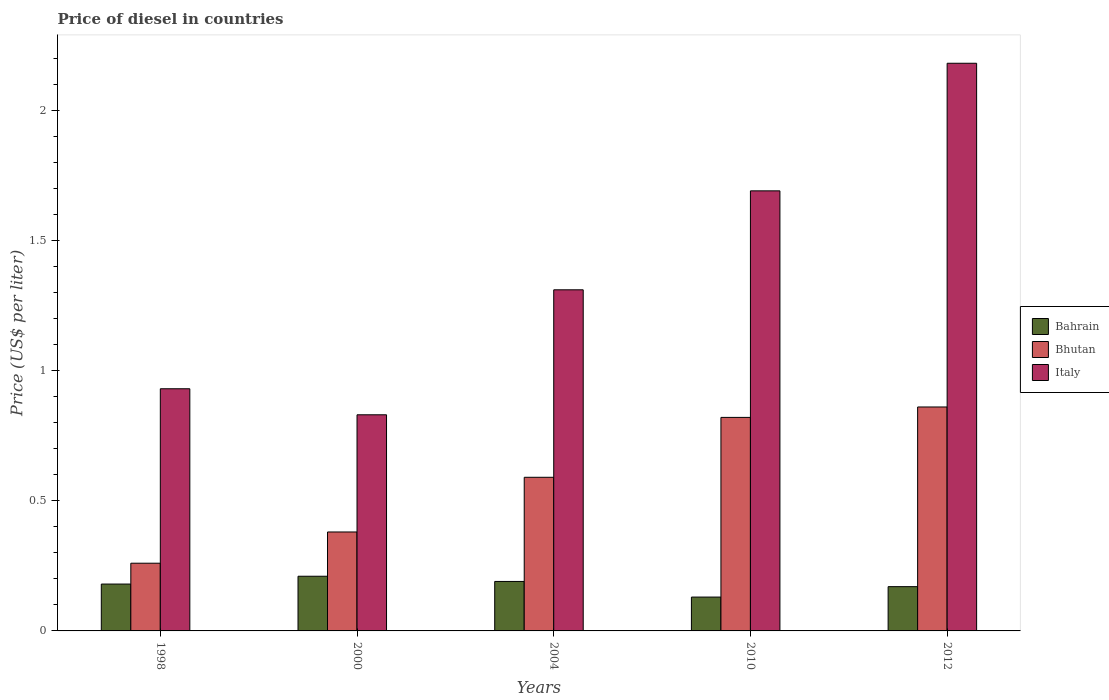
| Years | Bahrain | Bhutan | Italy |
 | --- | --- | --- | --- |
 | 1998 | 0.18 | 0.26 | 0.93 |
 | 2000 | 0.21 | 0.38 | 0.83 |
 | 2004 | 0.19 | 0.59 | 1.31 |
 | 2010 | 0.13 | 0.82 | 1.69 |
 | 2012 | 0.17 | 0.86 | 2.18 |